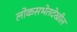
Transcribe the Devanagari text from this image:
लोकसभेतदेखील